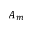
A _ { m }